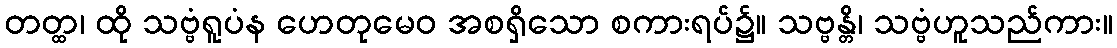
တတ္ထ၊ ထို သဗ္ဗံရူပံန ဟေတုမေဝ အစရှိသော စကားရပ်၌။ သဗ္ဗန္တိ၊ သဗ္ဗံဟူသည်ကား။